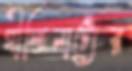
গীতিনাট্যের